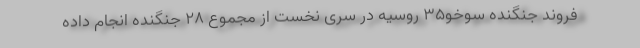
فروند جنگنده سوخو۳۵ روسیه در سری نخست از مجموع ۲۸ جنگنده انجام داده